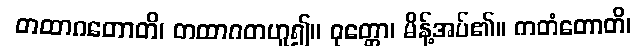
တထာဂတောတိ၊ တထာဂတဟူ၍။ ဝုတ္တော၊ မိန့်အပ်၏။ ကတံတောတိ၊